画像に写った文字を読んでください
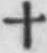
「十」と書いてあります